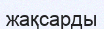
жақсарды